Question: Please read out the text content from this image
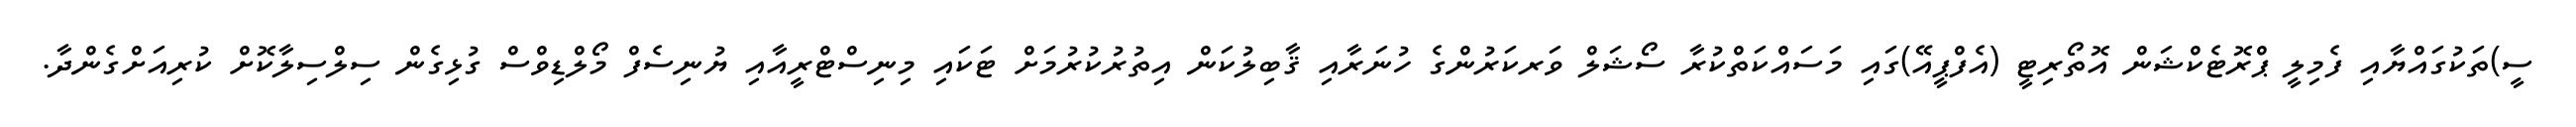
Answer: ސީ)ތަކުގައްޔާއި ފެމިލީ ޕްރޮޓެކްޝަން އޮތޯރިޓީ (އެފްޕީއޭ)ގައި މަސައްކަތްކުރާ ސޯޝަލް ވަރކަރުންގެ ހުނަރާއި ޤާބިލުކަން އިތުރުކުރުމަށް ޓަކައި މިނިސްޓްރީއާއި ޔުނިސެފް މޯލްޑިވްސް ގުޅިގެން ސިލްސިލާކޮށް ކުރިއަށްގެންދާ.